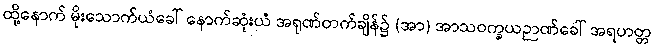
ထို့နောက် မိုးသောက်ယံခေါ် နောက်ဆုံးယံ အရုဏ်တက်ချိန်၌ (အာ) အာသဝက္ခယဉာဏ်ခေါ် အရဟတ္တ